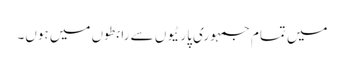
میں تمام جمہوری پارٹیوں سے رابطوں میں ہوں۔